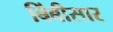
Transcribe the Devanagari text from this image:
बिंबीसार